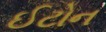
ઈટોન